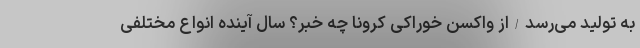
به تولید می‌رسد/از واکسن خوراکی کرونا چه خبر؟ سال آینده انواع مختلفی